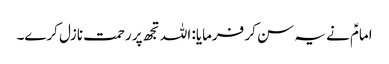
امامؑ نے یہ سن کر فرمایا: اللہ تجھ پر رحمت نازل کرے۔